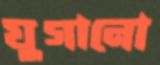
যুগানো